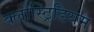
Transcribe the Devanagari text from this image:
क्लोस्ट्रिडियम